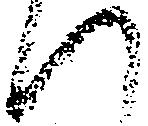
へ